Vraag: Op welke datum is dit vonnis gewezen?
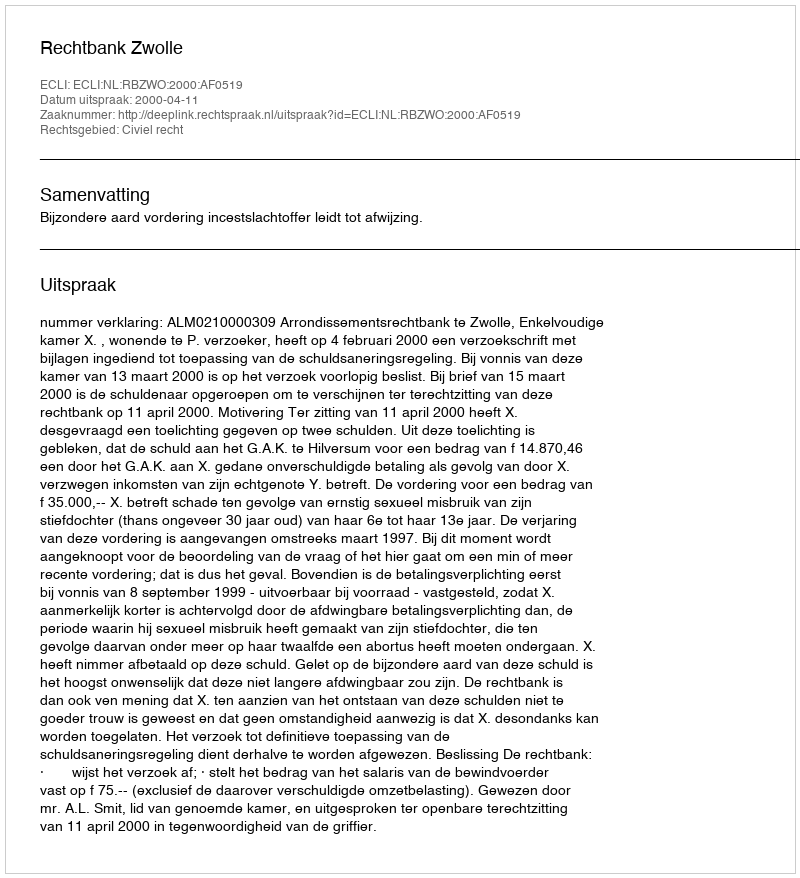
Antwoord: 2000-04-11